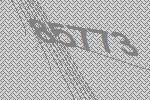
85773